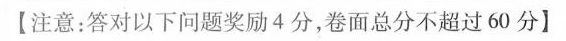
【注意：答对以下问题奖励4分，卷面总分不超过60分】